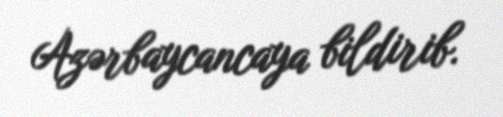
Azərbaycancaya bildirib.